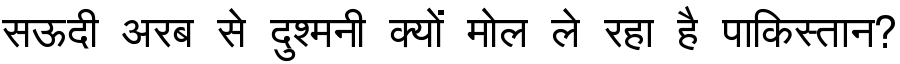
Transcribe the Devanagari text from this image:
सऊदी अरब से दुश्मनी क्यों मोल ले रहा है पाकिस्तान?